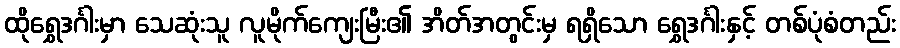
ထိုရွှေဒင်္ဂါးမှာ သေဆုံးသူ လူမိုက်ကျေးမြီး၏ အိတ်အတွင်းမှ ရရှိသော ရွှေဒင်္ဂါးနှင့် တစ်ပုံစံတည်း